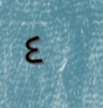
٤